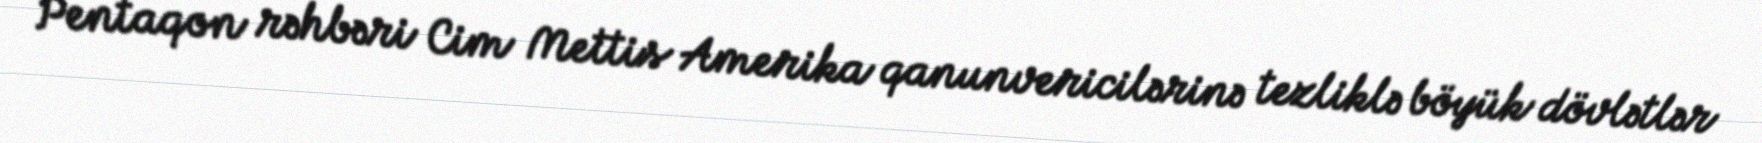
Pentaqon rəhbəri Cim Mettis Amerika qanunvericilərinə tezliklə böyük dövlətlər